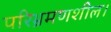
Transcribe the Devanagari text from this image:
परिभ्रमणशील।